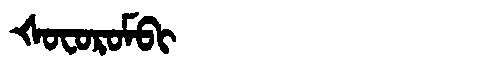
Manchu: ᡧᠣᠸᠣᡵᠣᠮᠪᡳ
Romanization: ŠOFOROMBI